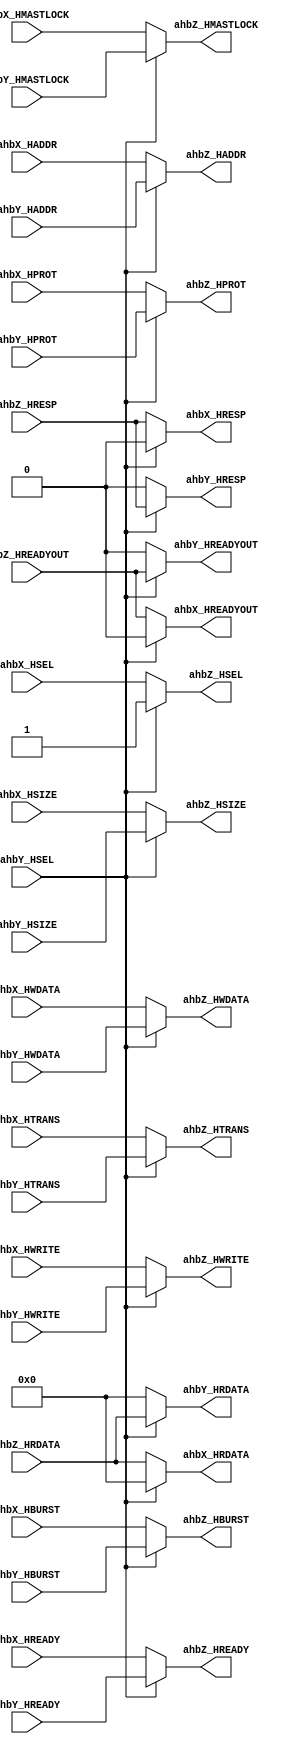
// Generator : SpinalHDL v1.7.2    git head : 08fc866bebdc40c471ebe327bface63e34406489
// Component : Ahb_2
// Git hash  : 23d564a3e9d4d768c2cb1641ec7dc2becc0d2602

`timescale 1ns/1ps

module Ahb_2 (
  input      [11:0]   ahbX_HADDR,
  input               ahbX_HSEL,
  input               ahbX_HREADY,
  input               ahbX_HWRITE,
  input      [2:0]    ahbX_HSIZE,
  input      [2:0]    ahbX_HBURST,
  input      [3:0]    ahbX_HPROT,
  input      [1:0]    ahbX_HTRANS,
  input               ahbX_HMASTLOCK,
  input      [31:0]   ahbX_HWDATA,
  output reg [31:0]   ahbX_HRDATA,
  output reg          ahbX_HREADYOUT,
  output reg          ahbX_HRESP,
  input      [11:0]   ahbY_HADDR,
  input               ahbY_HSEL,
  input               ahbY_HREADY,
  input               ahbY_HWRITE,
  input      [2:0]    ahbY_HSIZE,
  input      [2:0]    ahbY_HBURST,
  input      [3:0]    ahbY_HPROT,
  input      [1:0]    ahbY_HTRANS,
  input               ahbY_HMASTLOCK,
  input      [31:0]   ahbY_HWDATA,
  output reg [31:0]   ahbY_HRDATA,
  output reg          ahbY_HREADYOUT,
  output reg          ahbY_HRESP,
  output reg [11:0]   ahbZ_HADDR,
  output reg          ahbZ_HSEL,
  output reg          ahbZ_HREADY,
  output reg          ahbZ_HWRITE,
  output reg [2:0]    ahbZ_HSIZE,
  output reg [2:0]    ahbZ_HBURST,
  output reg [3:0]    ahbZ_HPROT,
  output reg [1:0]    ahbZ_HTRANS,
  output reg          ahbZ_HMASTLOCK,
  output reg [31:0]   ahbZ_HWDATA,
  input      [31:0]   ahbZ_HRDATA,
  input               ahbZ_HREADYOUT,
  input               ahbZ_HRESP
);


  always @(*) begin
    ahbX_HRDATA = 32'h0;
    if(!ahbY_HSEL) begin
      ahbX_HRDATA = ahbZ_HRDATA;
    end
  end

  always @(*) begin
    ahbY_HRDATA = 32'h0;
    if(ahbY_HSEL) begin
      ahbY_HRDATA = ahbZ_HRDATA;
    end
  end

  always @(*) begin
    ahbX_HREADYOUT = 1'b0;
    if(!ahbY_HSEL) begin
      ahbX_HREADYOUT = ahbZ_HREADYOUT;
    end
  end

  always @(*) begin
    ahbY_HREADYOUT = 1'b0;
    if(ahbY_HSEL) begin
      ahbY_HREADYOUT = ahbZ_HREADYOUT;
    end
  end

  always @(*) begin
    ahbX_HRESP = 1'b0;
    if(!ahbY_HSEL) begin
      ahbX_HRESP = ahbZ_HRESP;
    end
  end

  always @(*) begin
    ahbY_HRESP = 1'b0;
    if(ahbY_HSEL) begin
      ahbY_HRESP = ahbZ_HRESP;
    end
  end

  always @(*) begin
    if(ahbY_HSEL) begin
      ahbZ_HADDR = ahbY_HADDR;
    end else begin
      ahbZ_HADDR = ahbX_HADDR;
    end
  end

  always @(*) begin
    if(ahbY_HSEL) begin
      ahbZ_HSEL = ahbY_HSEL;
    end else begin
      ahbZ_HSEL = ahbX_HSEL;
    end
  end

  always @(*) begin
    if(ahbY_HSEL) begin
      ahbZ_HREADY = ahbY_HREADY;
    end else begin
      ahbZ_HREADY = ahbX_HREADY;
    end
  end

  always @(*) begin
    if(ahbY_HSEL) begin
      ahbZ_HWRITE = ahbY_HWRITE;
    end else begin
      ahbZ_HWRITE = ahbX_HWRITE;
    end
  end

  always @(*) begin
    if(ahbY_HSEL) begin
      ahbZ_HSIZE = ahbY_HSIZE;
    end else begin
      ahbZ_HSIZE = ahbX_HSIZE;
    end
  end

  always @(*) begin
    if(ahbY_HSEL) begin
      ahbZ_HBURST = ahbY_HBURST;
    end else begin
      ahbZ_HBURST = ahbX_HBURST;
    end
  end

  always @(*) begin
    if(ahbY_HSEL) begin
      ahbZ_HPROT = ahbY_HPROT;
    end else begin
      ahbZ_HPROT = ahbX_HPROT;
    end
  end

  always @(*) begin
    if(ahbY_HSEL) begin
      ahbZ_HTRANS = ahbY_HTRANS;
    end else begin
      ahbZ_HTRANS = ahbX_HTRANS;
    end
  end

  always @(*) begin
    if(ahbY_HSEL) begin
      ahbZ_HMASTLOCK = ahbY_HMASTLOCK;
    end else begin
      ahbZ_HMASTLOCK = ahbX_HMASTLOCK;
    end
  end

  always @(*) begin
    if(ahbY_HSEL) begin
      ahbZ_HWDATA = ahbY_HWDATA;
    end else begin
      ahbZ_HWDATA = ahbX_HWDATA;
    end
  end


endmodule